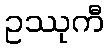
ဥဿုကီ